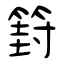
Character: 篈